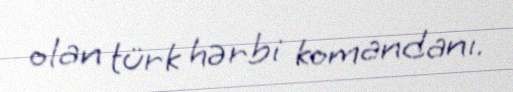
olan türk hərbi komandanı.